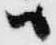
ハ